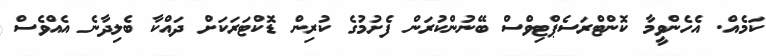
ކަމެއް. އެހެންވީމާ ކޮންޓްރަސެޕްޓިވްސް ބޭނުންކުރަން ފެށުމުގެ ކުރިން ޑޮކްޓަރަކަށް ދައްކާ ބެލިދާނެ އެއްވެސް